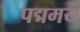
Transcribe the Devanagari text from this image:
पद्ममय